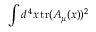
\int d ^ { \, 4 } x \, \mathrm { t r } ( A _ { \mu } ( x ) ) ^ { 2 }